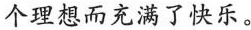
个理想而充满了快乐。